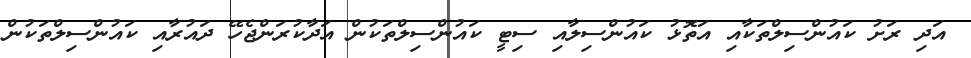
އަދި ރަށު ކައުންސިލްތަކާއި އަތޮޅު ކައުންސިލާއި ސިޓީ ކައުންސިލްތަކުން އަދާކުރަންޖެހޭ ދައުރާއި ކައުންސިލްތަކުން